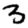
Digit: 3